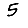
Digit: 5